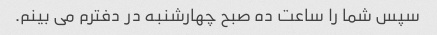
سپس شما را ساعت ده صبح چهارشنبه در دفترم می بینم.